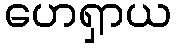
ဟေရှာယ